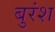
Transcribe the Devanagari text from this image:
बुरंश